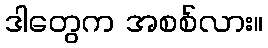
ဒါတွေက အစစ်လား။